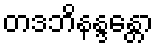
တဒဘိနန္ဒန္တော